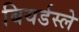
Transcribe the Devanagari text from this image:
बियर्डस्ले